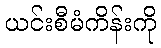
ယင်းစီမံကိန်းကို